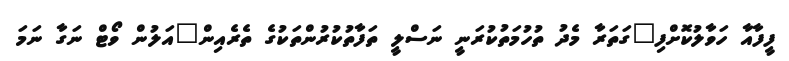
ފީފާއާ ހަވާލުކޮށްފި"ގަތަރާ މެދު ތުހުމަތުކުރަނީ ނަސްލީ ތަފާތުކުރުންތަކުގެ ތެރެއިން"އަލުން ވޯޓް ނަގާ ނަމަ